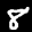
Label: 8